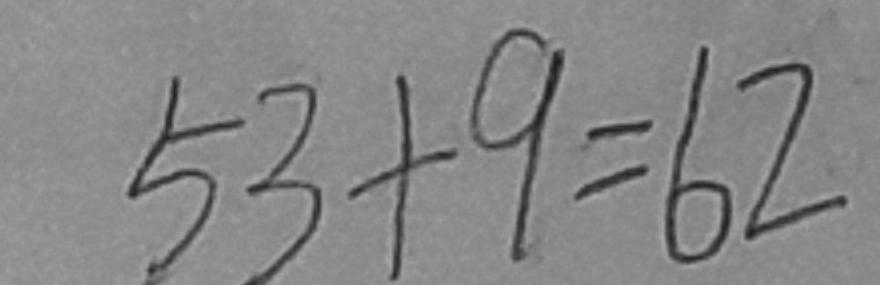
5 3 + 9 = 6 2